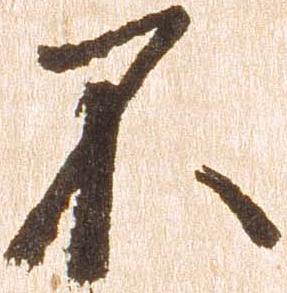
不